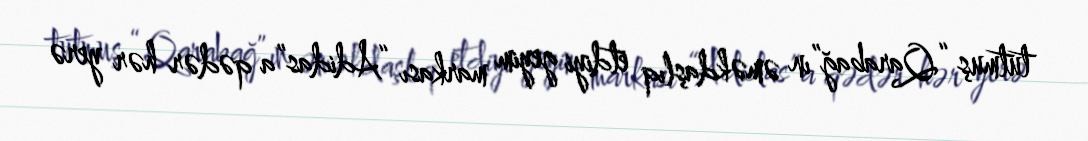
tutmuş “Qarabağ”ın əməkdaşlıq etdiyi geyim markası “Adidas”a qədər hər yerə